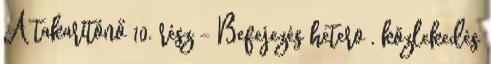
A takarítónő 10. rész - Befejezés hetero , közlekedés